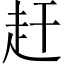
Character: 赶